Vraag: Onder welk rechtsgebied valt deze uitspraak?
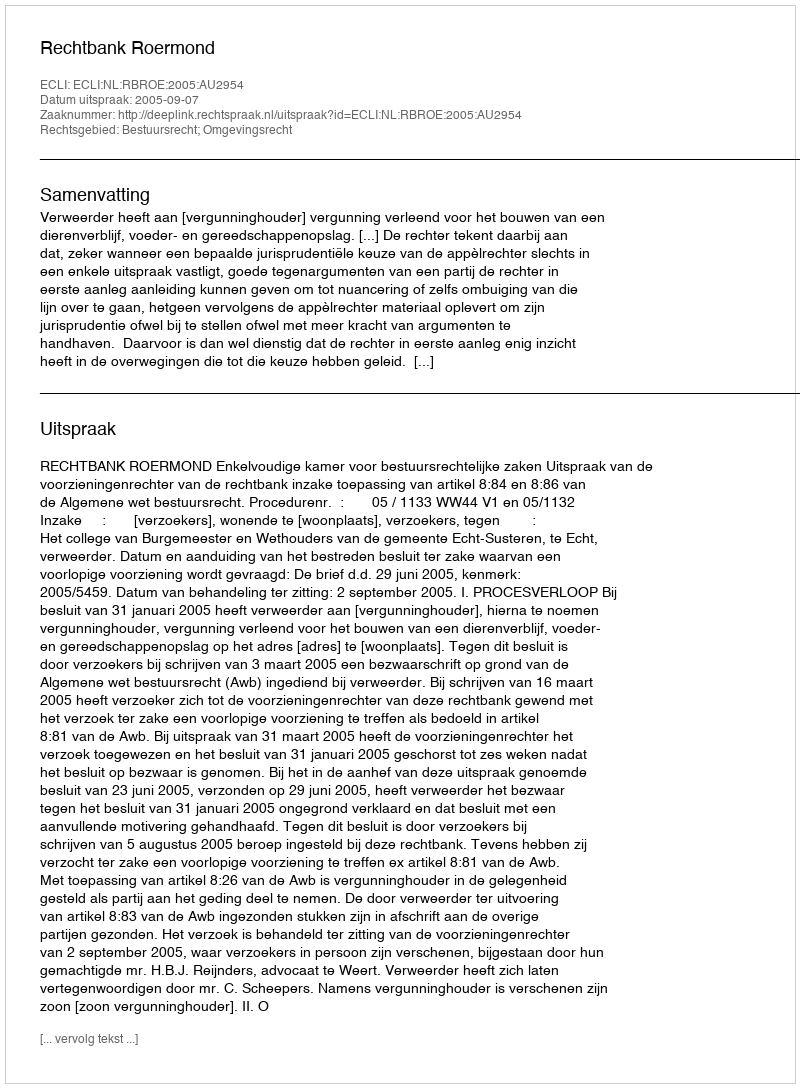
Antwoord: Bestuursrecht; Omgevingsrecht